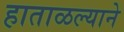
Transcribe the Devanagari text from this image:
हाताळल्याने